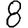
Digit: 8